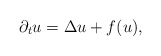
\begin{align*}\partial _t u=\Delta u +f(u),\end{align*}